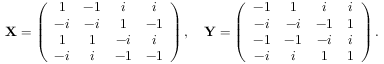
\mathbf { X } = \left( \begin{array} { c c c c } { { 1 } } & { { - 1 } } & { { i } } & { { i } } \\ { { - i } } & { { - i } } & { { 1 } } & { { - 1 } } \\ { { 1 } } & { { 1 } } & { { - i } } & { { i } } \\ { { - i } } & { { i } } & { { - 1 } } & { { - 1 } } \end{array} \right) , \quad \mathbf { Y } = \left( \begin{array} { c c c c } { { - 1 } } & { { 1 } } & { { i } } & { { i } } \\ { { - i } } & { { - i } } & { { - 1 } } & { { 1 } } \\ { { - 1 } } & { { - 1 } } & { { - i } } & { { i } } \\ { { - i } } & { { i } } & { { 1 } } & { { 1 } } \end{array} \right) .